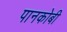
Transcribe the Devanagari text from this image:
पानकोबी